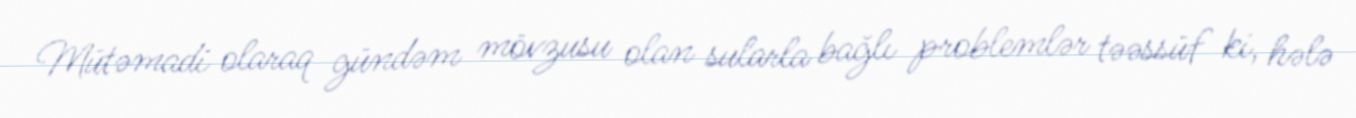
Mütəmadi olaraq gündəm mövzusu olan sularla bağlı problemlər təəssüf ki, hələ